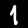
Label: 1